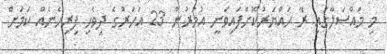
މި މައްސަލާގައި ރޭ ހައްޔަރުކޮށްފައިވަނީ އުމުރުން 23 އަހަރުގެ ދިވެހި ފިރިހެނެއް ކަމަށް